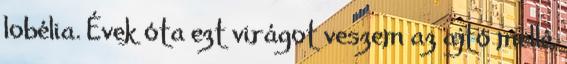
lobélia. Évek óta ezt virágot veszem az ajtó mellé,